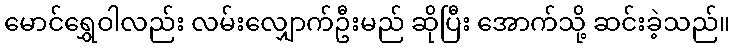
မောင်ရွှေဝါလည်း လမ်းလျှောက်ဦးမည် ဆိုပြီး အောက်သို့ ဆင်းခဲ့သည်။